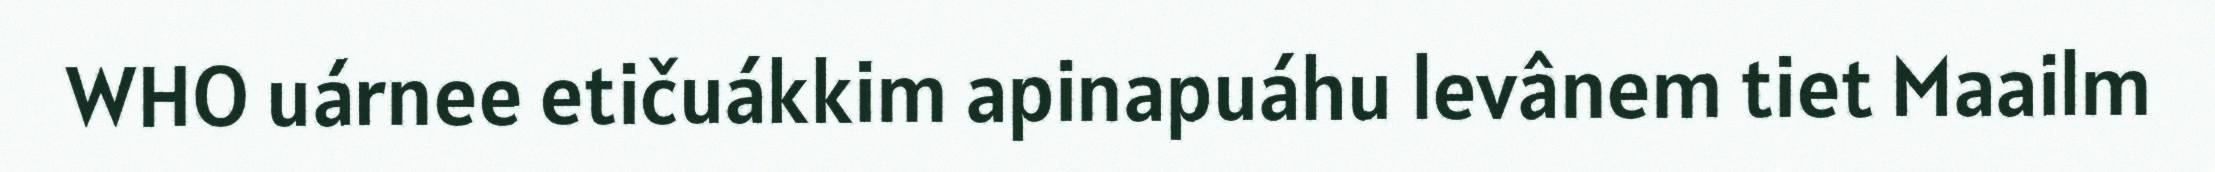
WHO uárnee etičuákkim apinapuáhu levânem tiet Maailm